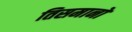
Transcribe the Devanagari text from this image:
तिसमानों